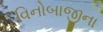
વિનોબાજીના